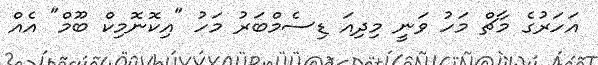
އަހަރުގެ މާޗް މަހު ވަނީ މިދިއަ ޑިސެމްބަރު މަހު "އިކޮނޮމިކް ބޫމް" އެއް